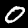
Label: 0